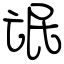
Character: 氓